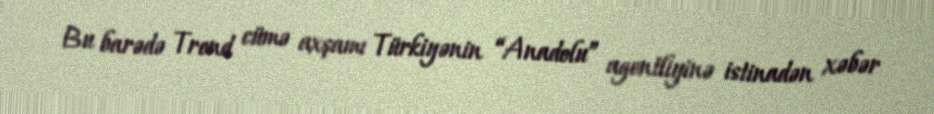
Bu barədə Trend cümə axşamı Türkiyənin “Anadolu” agentliyinə istinadən xəbər